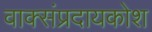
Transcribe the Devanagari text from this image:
वाक्संप्रदायकोश